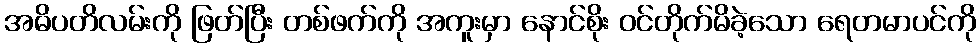
အဓိပတိလမ်းကို ဖြတ်ပြီး တစ်ဖက်ကို အကူးမှာ နောင်စိုး ဝင်တိုက်မိခဲ့သော ရေတမာပင်ကို